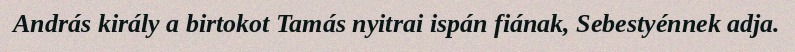
András király a birtokot Tamás nyitrai ispán fiának, Sebestyénnek adja.